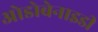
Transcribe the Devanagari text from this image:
ओडोबेनाइडी